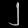
Digit: ၂